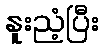
နူးညံ့ပြီး